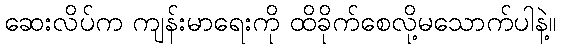
ဆေးလိပ်က ကျန်းမာရေးကို ထိခိုက်စေလို့မသောက်ပါနဲ့။